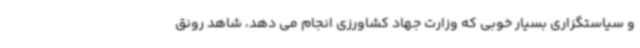
و سیاستگزاری بسیار خوبی که وزارت جهاد کشاورزی انجام می دهد، شاهد رونق